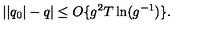
| | q _ { 0 } | - q | \leq O \{ g ^ { 2 } T \ln ( g ^ { - 1 } ) \} .